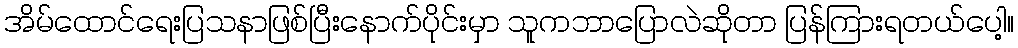
အိမ်ထောင်ရေးပြသနာဖြစ်ပြီးနောက်ပိုင်းမှာ သူကဘာပြောလဲဆိုတာ ပြန်ကြားရတယ်ပေါ့။